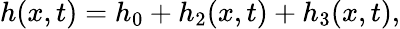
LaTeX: h(x,t)=h_{0}+h_{2}(x,t)+h_{3}(x,t),